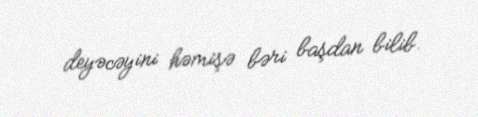
deyəcəyini həmişə bəri başdan bilib.